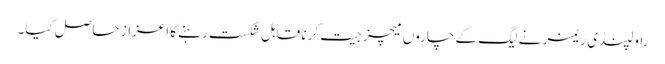
راولپنڈی ریمز نے لیگ کے چاروں میچز جیت کر ناقابل شکست رہنے کا اعزاز حاصل کیا۔